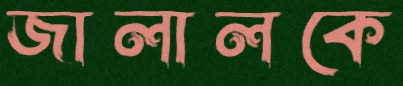
জালালকে